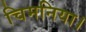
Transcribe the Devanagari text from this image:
चिमनिया।